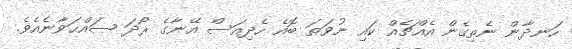
ހަނދާން ނެތިގެން އެއްޗެއް ކައި ނުވަތަ ބޮއެ ހެދިއަސް އޭނާގެ ރޯދަ ޞައްޙަވާނެއެވެ.